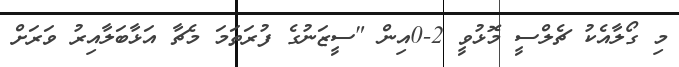
މި ގޯލާއެކު ޗެލްސީ މޮޅުވީ 2-0އިން "ސީޒަނުގެ ފުރަތަމަ މެޗާ އަޅާބަލާއިރު ވަރަށް